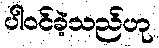
ပါဝင်ခဲ့သည်ဟု